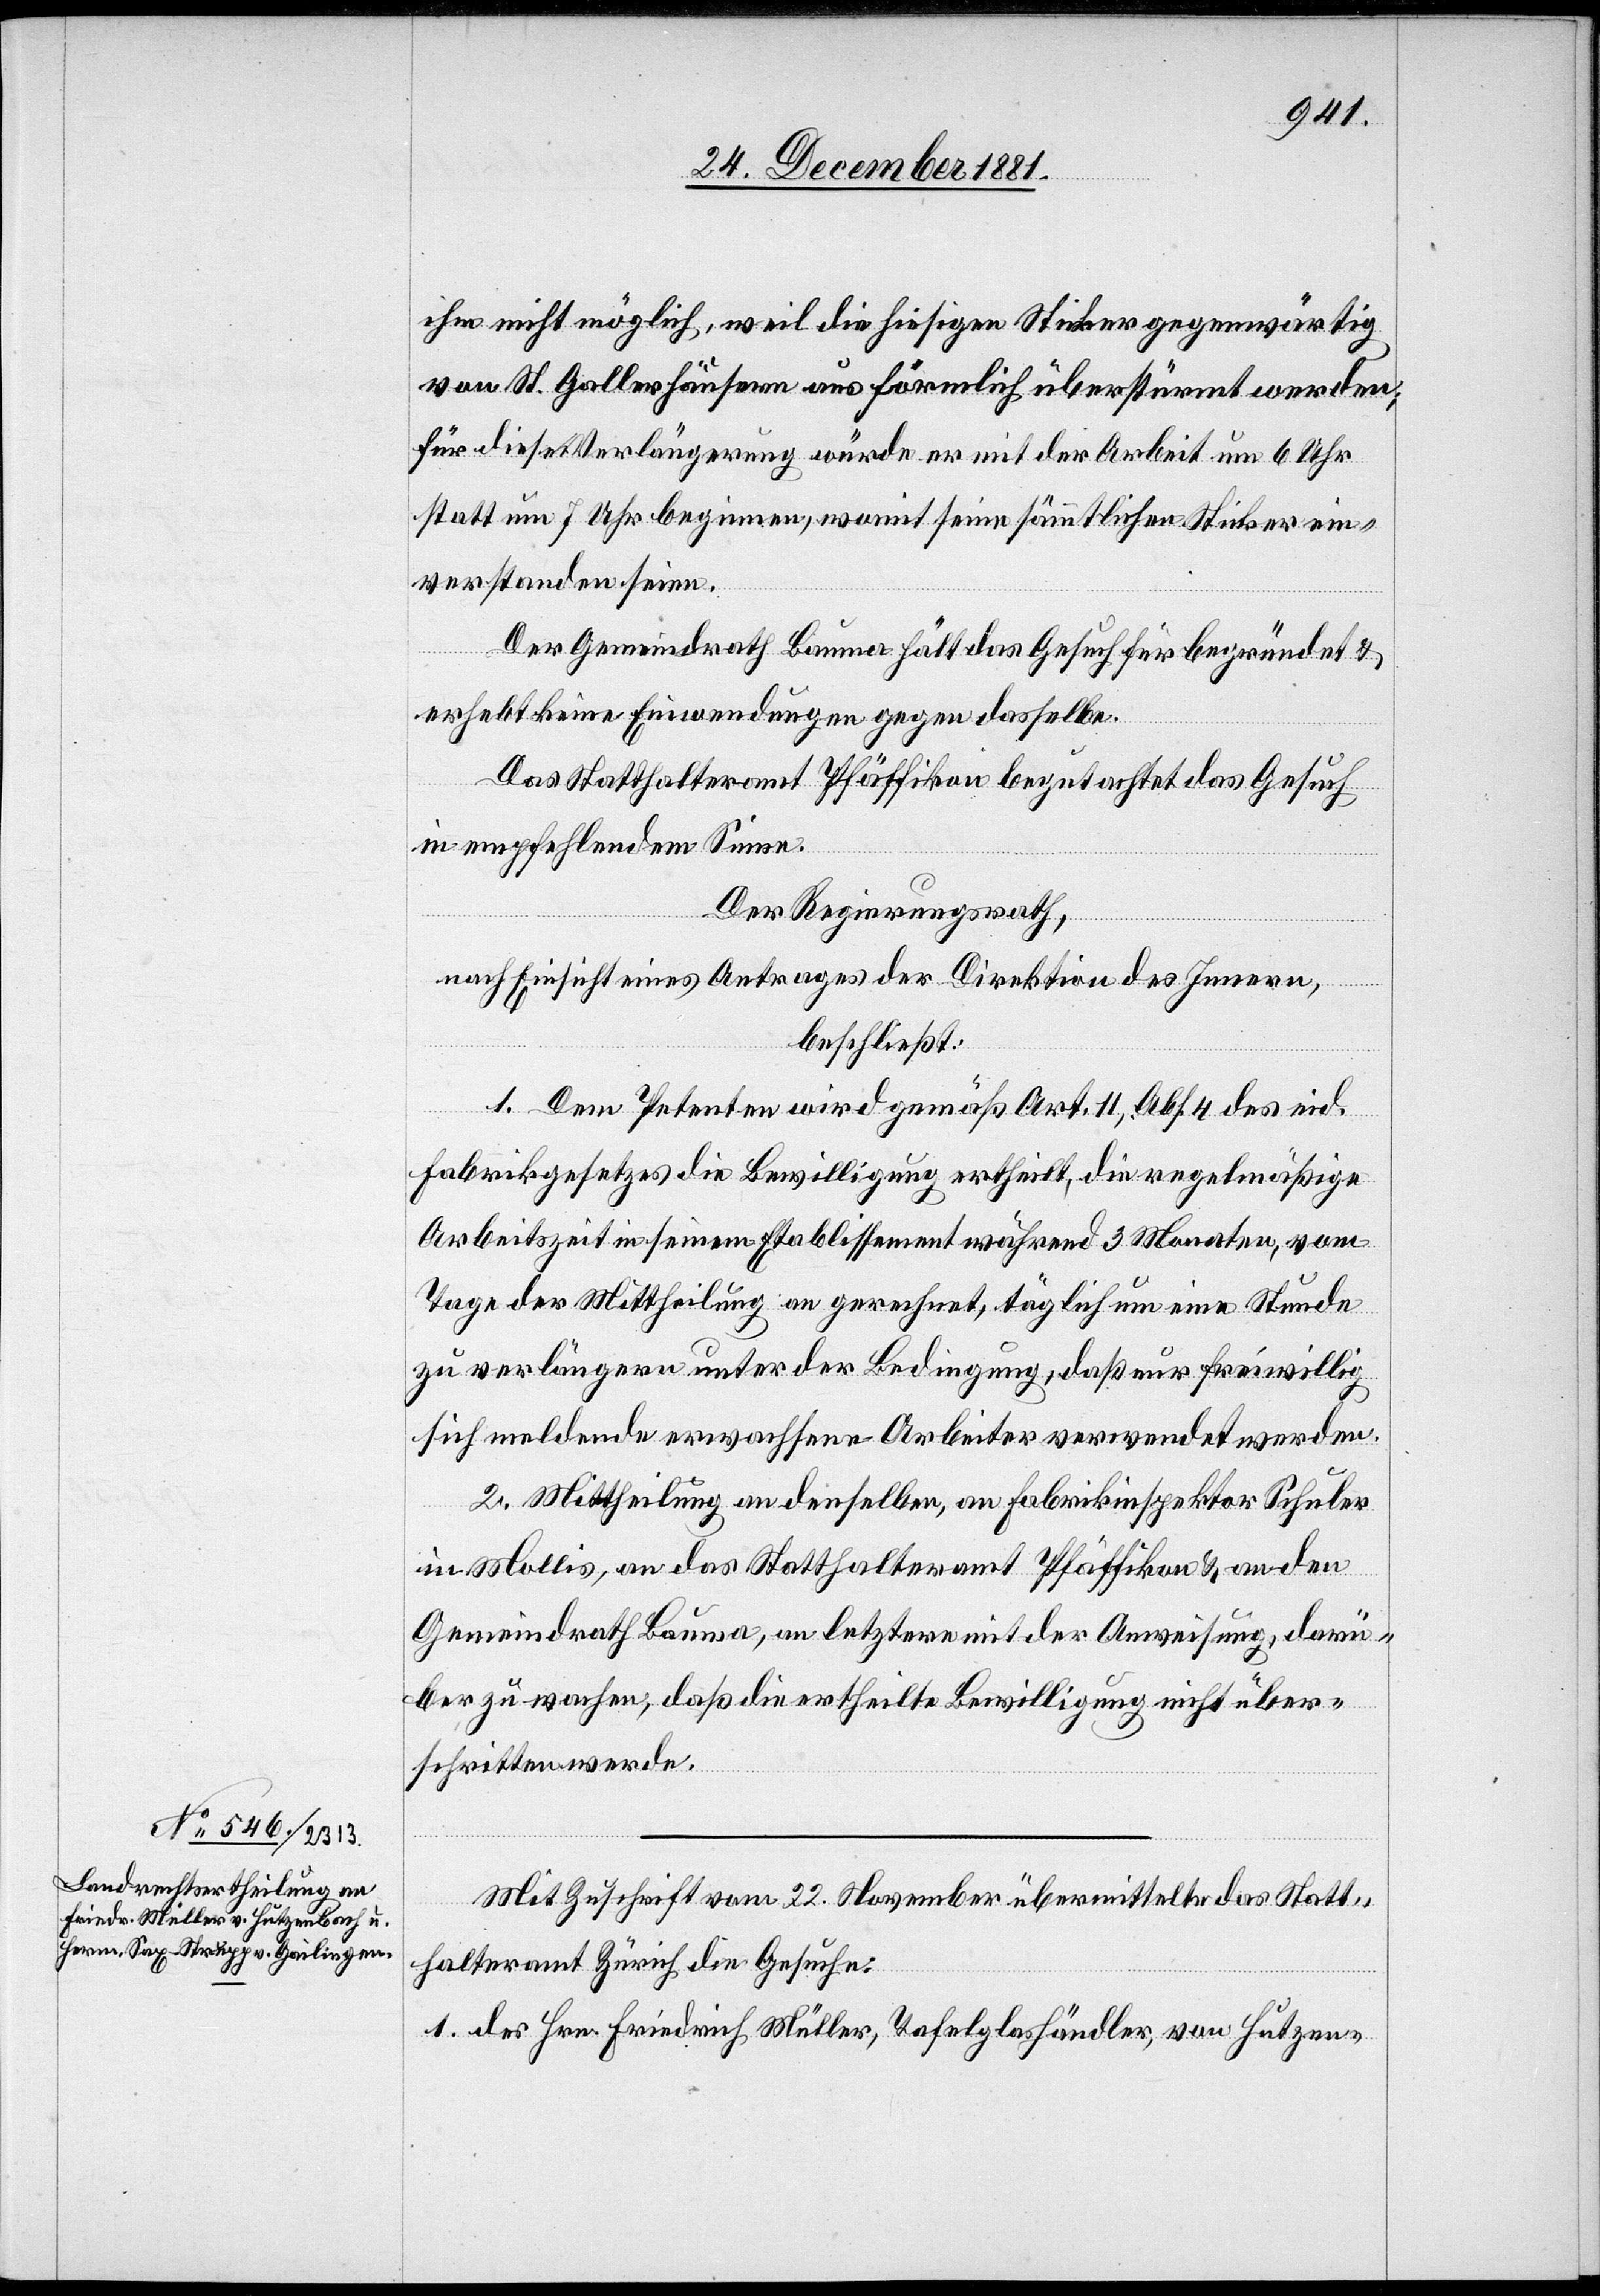
ihm nicht möglich, weil die hiesigen Sticker gegenwärtig
von St. Gallerhäusern aus förmlich überstürmt werden;
für diese Verlängerung würde er mit der Arbeit um 6 Uhr
statt um 7 Uhr beginnen, womit seine sämmtlichen Sticker ein¬
verstanden seien.
Der Gemeindrath Bauma hält das Gesuch für begründet &
erhebt keine Einwendungen gegen dasselbe.
Das Statthalteramt Pfäffikon begutachtet das Gesuch
in empfehlendem Sinne.
Der Regierungsrath,
nach Einsicht eines Antrages der Direktion des Innern,
beschließt:
1. Dem Petenten wird gemäß Art. 11, Abs. 4 des eid.
Fabrikgesetzes die Bewilligung ertheilt, die regelmäßige
Arbeitszeit in seinem Etablissement während 3 Monaten, vom
Tage der Mittheilung an gerechnet, täglich um eine Stunde
zu verlängern unter der Bedingung, daß nur freiwillig
sich meldende erwachsene Arbeiter verwendet werden.
2. Mittheilung an dieselben, an Fabrikinspektor Schuler
in Mollis, an das Statthalteramt Pfäffikon & an den
Gemeindrath Bauma, an letztere mit der Anweisung, darü¬
ber zu wachen, daß die ertheilte Bewilligung nicht über¬
schritten werde.
Mit Zuschrift vom 22. November übermittelte das Statt¬
halteramt Zürich die Gesuche:
1. des Hrn. Friedrich Müller, Tafelglashändler, von Hutzen-